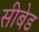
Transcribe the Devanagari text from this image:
सीबेड